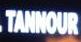
tanmour